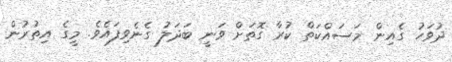
ދުވަހު ގެއިން މަސައްކަތް ކުރާ ގޮތަށް ވަނީ ބަދަލު ގެނެވިފައެވެ. މީގެ އިތުރުން